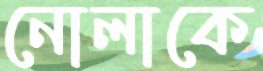
নোলাকে